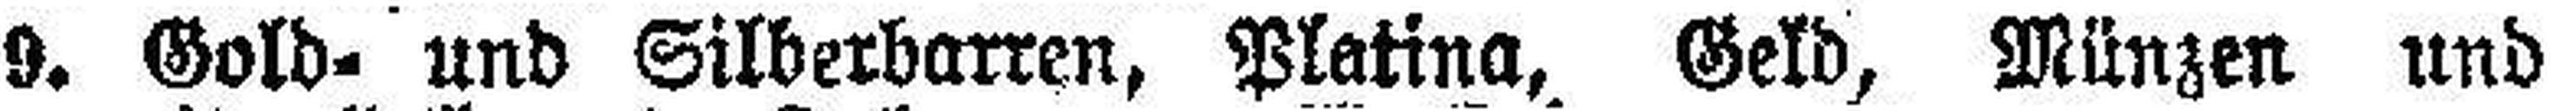
9. Gold- und Silberbarren, Platina, Geld, Münzen und